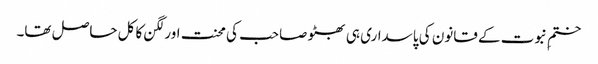
ختمِ نبوت کے قانون کی پاسداری ہی بھٹو صاحب کی محنت اور لگن کا کل حاصل تھا۔